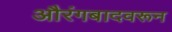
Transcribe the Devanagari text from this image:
औरंगबादवरून